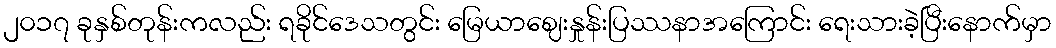
၂၀၁၇ ခုနှစ်တုန်းကလည်း ရခိုင်ဒေသတွင်း မြေယာဈေးနှုန်းပြဿနာအကြောင်း ရေးသားခဲ့ပြီးနောက်မှာ